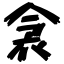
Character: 衾